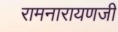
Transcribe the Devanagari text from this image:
रामनारायणजी